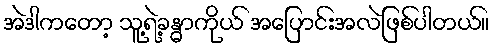
အဲဒါကတော့ သူ့ရဲ့ခန္ဓာကိုယ် အပြောင်းအလဲဖြစ်ပါတယ်။